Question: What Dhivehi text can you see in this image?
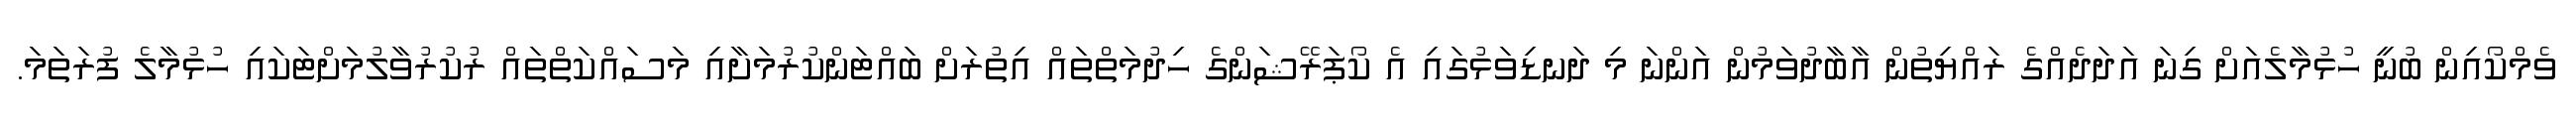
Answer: ވެމްކޯއިން ބުނީ ހުޅުމާލެއަށް ގިނަ އަދަދެއްގެ ރައްޔިތުން އާބާދުވަމުން އަންނަ މި ދަނޑިވަޅުގައި އެ ކޯޕަރޭޝަންގެ ހިދުމަތްތައް އިތުރަށް ބައްޓަންކުރުމަށާއި މަސައްކަތްތައް ރުކުރުވާލުމަށްޓަކައި ހުޅުމާލެ ފުރަތަމަ.